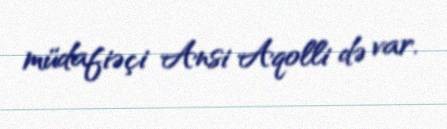
müdafiəçi Ansi Aqolli də var.